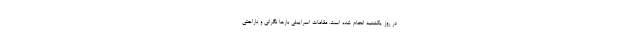
در روز یکشنبه انجام شده است. مقامات اسراییلی بارها نگرانی و ناراحتی